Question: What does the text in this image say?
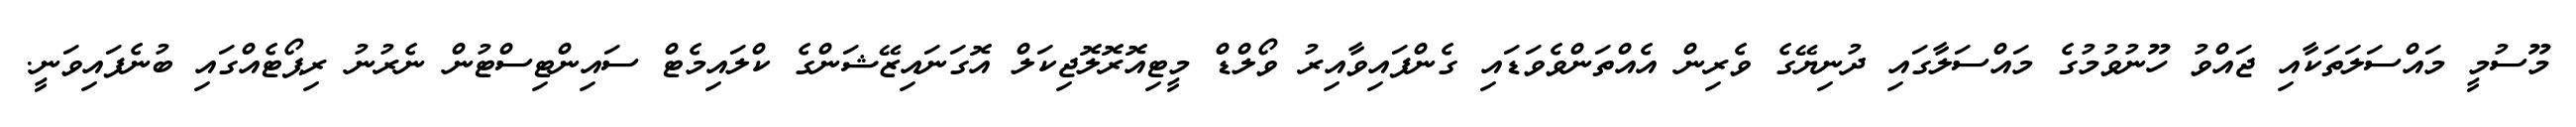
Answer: މޫސުމީ މައްސަލަތަކާއި ޖައްވު ހޫނުވުމުގެ މައްސަލާގައި ދުނިޔޭގެ ވެރިން އެއްތަންވެވަޑައި ގެންފައިވާއިރު ވޯލްޑް މީޓިއޮރޮލޮޖިކަލް އޮގަނައިޒޭޝަންގެ ކްލައިމެޓް ސައިންޓިސްޓުން ނެރުނު ރިޕޯޓެއްގައި ބުނެފައިވަނީ.